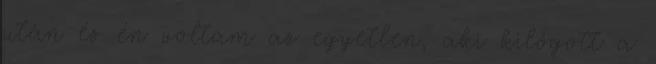
után és én voltam az egyetlen, aki kilógott a